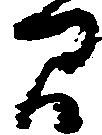
間